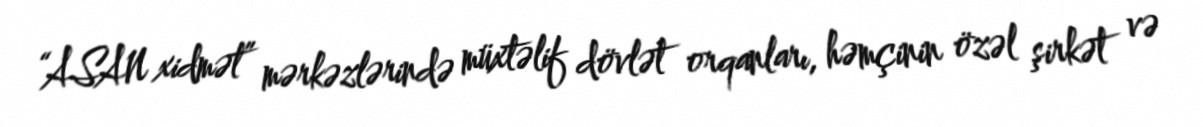
“ASAN xidmət” mərkəzlərində müxtəlif dövlət orqanları, həmçinin özəl şirkət və